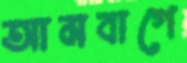
আমবাগে